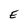
Character: E